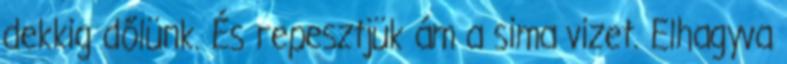
dekkig dőlünk. És repesztjük ám a sima vizet. Elhagyva